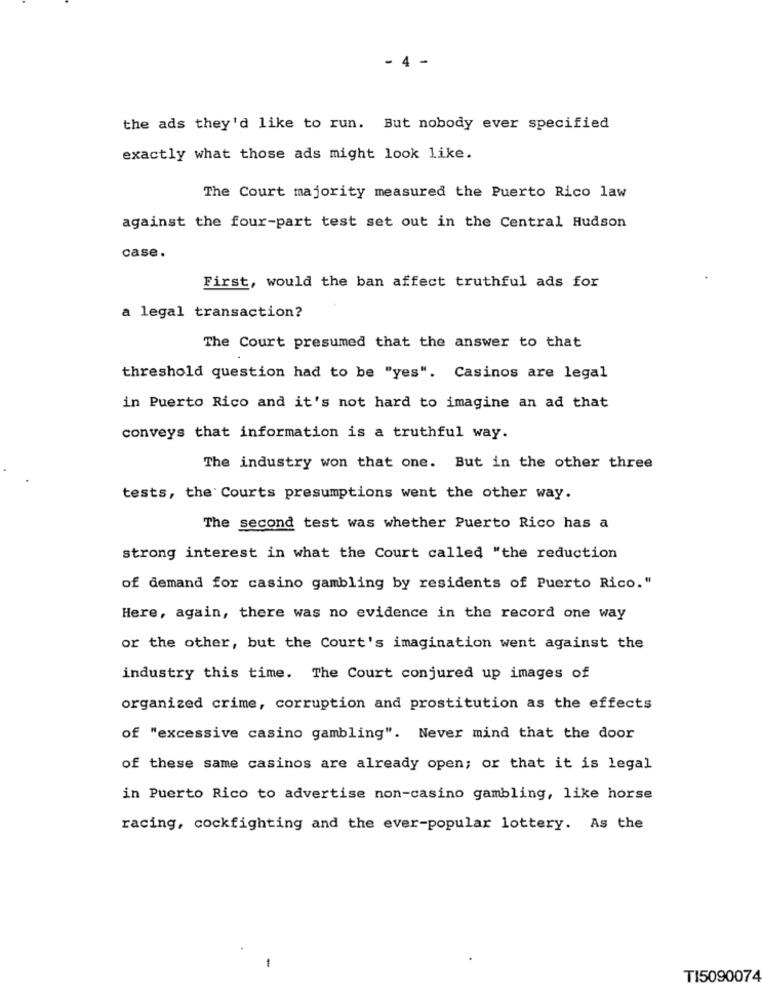
- 4 -
the ads they'd like to run. But nobody ever specified
exactly what those ads might look like.
The Court majority measured the Puerto Rico law
against the four-part test set out in the Central Hudson
case.
First, would the ban affect truthful ads for
a legal transaction?
The Court presumed that the answer to that
threshold question had to be "yes". Casinos are legal
in Puerto Rico and it's not hard to imagine an ad that
conveys that information is a truthful way.
The industry won that one. But in the other three
tests, the Courts presumptions went the other way.
The second test was whether Puerto Rico has a
strong interest in what the Court called "the reduction
of demand for casino gambling by residents of Puerto Rico."
Here, again, there was no evidence in the record one way
or the other, but the Court's imagination went against the
industry this time. The Court conjured up images of
organized crime, corruption and prostitution as the effects
of "excessive casino gambling". Never mind that the door
of these same casinos are already open; or that it is legal
in Puerto Rico to advertise non-casino gambling, like horse
racing, cockfighting and the ever-popular lottery. As the
-
TI5090074